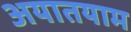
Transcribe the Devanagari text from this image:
अयातयाम